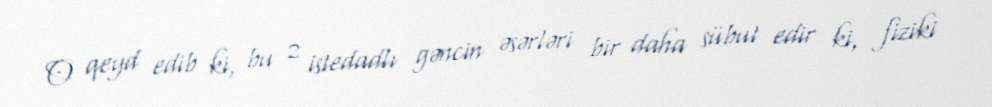
O qeyd edib ki, bu 2 istedadlı gəncin əsərləri bir daha sübut edir ki, fiziki